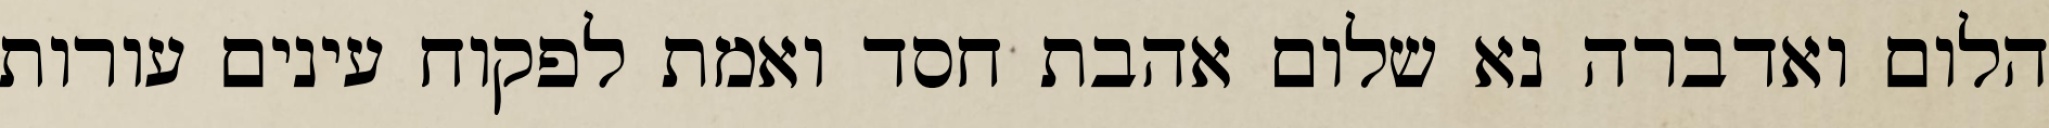
הלום ואדברה נא שלום אהבת חסד ואמת לפקוח עינים עורות